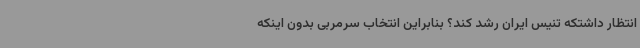
انتظار داشتکه تنیس ایران رشد کند؟ بنابراین انتخاب سرمربی بدون اینکه